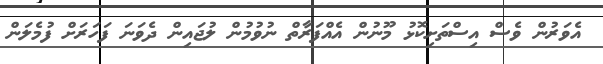
އެވަރުން ވެސް އިސްތަށިކޮޅު މޫނުން އެއްފަރާތް ނުވުމުން ލުޖައިން ދެވަނަ ފަހަރަށް ފުމެލަން